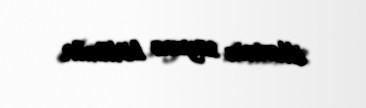
illərinin sayına bölünür.